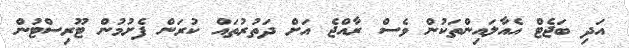
އަދި ބަޖެޓް އެއާލައިންތަކުން ވެސް ރާއްޖެ އަށް ދަތުރުތައް ކުރަން ފެށުމުން ޓޫރިސްޓުން